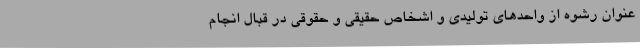
عنوان رشوه از واحدهای تولیدی و اشخاص حقیقی و حقوقی در قبال انجام